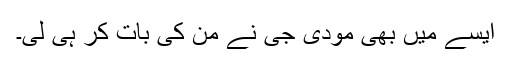
ایسے میں بھی مودی جی نے من کی بات کر ہی لی۔